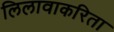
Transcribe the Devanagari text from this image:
लिलावाकरिता